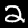
Digit: 2